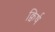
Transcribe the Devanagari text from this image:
क्विर्ष